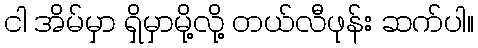
ငါ အိမ်မှာ ရှိမှာမို့လို့ တယ်လီဖုန်း ဆက်ပါ။